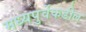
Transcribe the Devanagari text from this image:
मध्यपुर्वेकडील